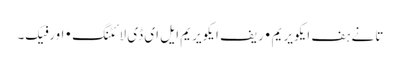
تانے ہف ایکویریم • ریف ایکویریم ایل ای ڈی لائٹنگ • اورفیک۔